Annual report on the working of the lock hospitals in the Central Provinces
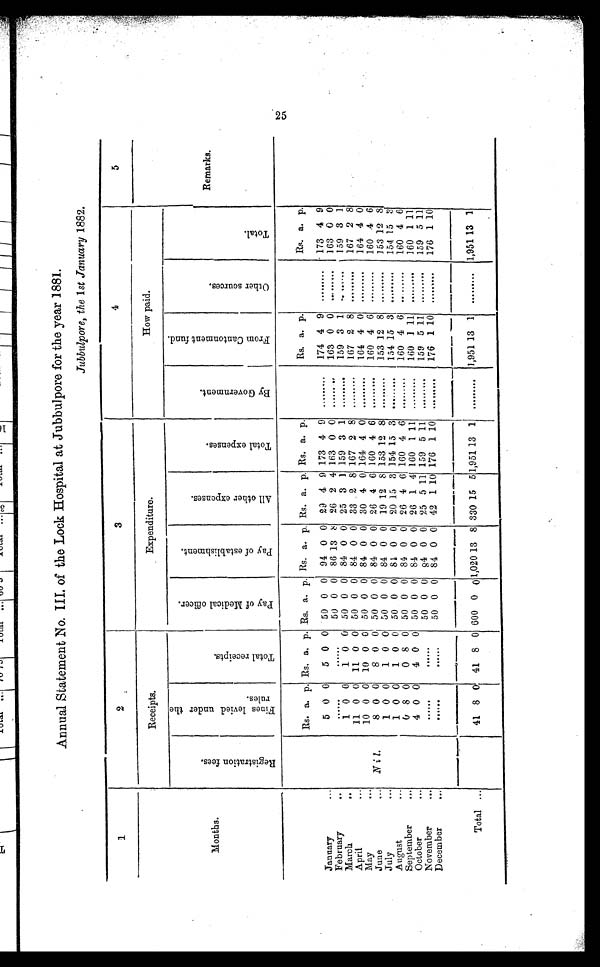
Annual Statement No. III. of the Lock Hospital at Jubbulpore for the year 1881.
Jubbulpore, the 1st January 1882.
1
2
3
4
5
Receipts.
Expenditure.
How paid.
Months.
R e g i s t r a t i o n f e e s .
F i n e s l e v i e d u n d e r t h e r u l e s .
T o t a l r e c e i p t s .
p a y o f M e d i c a l o f f i c e r .
P a y o f e s t a b l i s h m e n t . A l l o t h e r e x p e n s e s .
T o t a l e x p e n s e s .
B y G o v e r n m e n t .
F r o m c a n t o n m e n t f u n d .
O t h e r s o u r c e s .
T o t a l .
Remarks.
Rs. a. p. Rs. a. p. Rs. a. p. Rs. a. p. Rs. a. p. Rs. a. p.
Rs. a. p.
Rs. a. p.
January
.. .
5 0 0
5 0 0 50 0 0 94 0 0 29 4 9 173 4
9
. . . . . . . . .
174 4
9
. . . . . . . . .
173 4 9
February
..
. . . . . .
. . . . . . 50 0 0 86 13
8 26 2 4 163 0 0 .........
163 0 0
.........
163 0 0
March
..
1 0 0
1 0 0 50 0 0 84 0 0 25 3 1 159 3
1
. . . . . . . . . . .
159 3 1 .........
159 3 1
April
...
11 0 0 11 0 0 50 0 0 84 0 0 33 2 8 167 2 8 ..........
167 2
8
. . . . . . . . . .
167 2 8
May
...
10 0 0 10 0 0 50 0 0 84 0 0 30 4 0 164 4
0
. . . . . . . . . .
164 4
0
. . . . . . . . . .
164 4 0
June
...
Nil.
8 0 0
8 0 0 50 0 0 84 0 0 26 4 6 160 4 6
. . . . . . . . . 160 4
6
. . . . . . . . . .
160 4 6
July
...
1 0 0
1 0 0 50 0 0 84 0 0 19 12 8 153 12 8
. . . . . . . . . 153 12
8
. . . . . . . . . .
153 12 8
August
...
1 0 0
1 0 0 50 0 0 84 0 0 20 15 3 154 15 3
. . . . . . . . .
154 15
3
. . . . . . . . . .
154 15 3
September
..,
0 8 0
0 8 0 50 0 0 84 0 0 26 4 6 160 4
6
. . . . . . . . .
160 4 6 .........
160 4 6
October
,..
4 0 0
4 0 0 50 0 0 84 0 0 26 1 4 160 1 11
. . . . . . . . . . 160 1 11
. . . . . . . . 160 1 11
November
...
......
. . . . . .
50 0 0 84 0 0 25 5 11 159 5
1 1
. . . . . . . . . 159 5 11
. . . . . . . . 159 5 11
December
...
......
. . . . .
50 0 0 84 0 0 42 1 10 176 1 10
. . . . . . . . .
176 1
1 0
. . . . . . .
176 1 10
T o t a l . . .
41 8 0 41 8 0 600 0 0 1,020 13 8 330 15 5 1,951 13 1
. . . . . . . . .
1,951 13
1
. . . . . . . . . 1,951 13 1
25